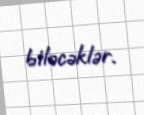
biləcəklər.